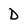
Character: D